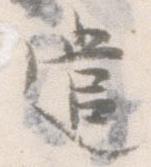
遣